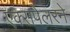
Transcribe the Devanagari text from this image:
एक्सपेलरने